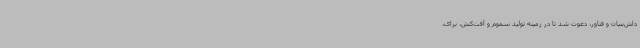
داش‌بنیان و فناور، دعوت شد تا در زمینه تولید سموم و آفت‌کش، برای،